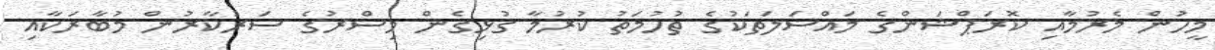
މީހުން މެރުމާއި ކޮރަޕްޝަންގެ މައްސަލަތަކުގެ ތުހުމަތު ކުރުމާ ގުޅިގެން މިސްރުގެ ސަރުކާރުން މުބާރަކާއި